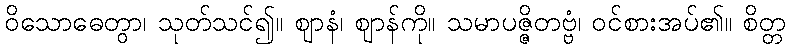
ဝိသောဓေတွာ၊ သုတ်သင်၍။ ဈာနံ၊ ဈာန်ကို။ သမာပဇ္ဇိတဗ္ဗံ၊ ဝင်စားအပ်၏။ စိတ္တ